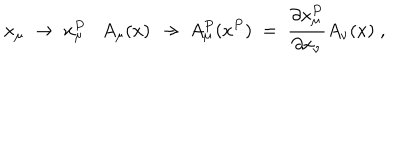
x _ { \mu } \; \to \; x _ { \mu } ^ { P } A _ { \mu } ( x ) \; \to \; A _ { \mu } ^ { P } ( x ^ { P } ) \; = \; \frac { \partial x _ { \mu } ^ { P } } { \partial x _ { \nu } } A _ { \nu } ( x ) \; ,